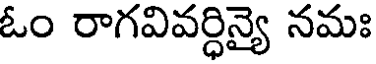
ఓం రాగవివర్ధిన్యై నమః